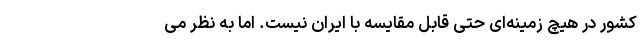
کشور در هیچ زمینه‌ای حتی قابل مقایسه با ایران نیست. اما به نظر می